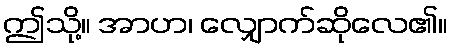
ဤသို့။ အာဟ၊ လျှောက်ဆိုလေ၏။